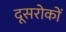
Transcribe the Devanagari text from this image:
दूसरोकों